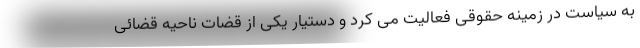
به سیاست در زمینه حقوقی فعالیت می کرد و دستیار یکی از قضات ناحیه قضائی